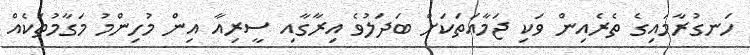
ހަނގުރާމައިގެ ތެރެއިން ވަކި ޖަމާއަތަކަށް ބަދަލުވެ އިރާގާއި ސީރިއާ އިން މުހިންމު މަގާމުތަކެއް